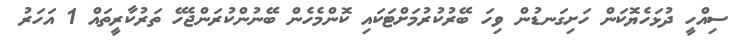
ސިއްހީ ދުޅަހެޔޮކަން ހަށިގަނޑުން ވިހަ ބޭރުކުރުމަށްޓަކައި ކޮންމެހެން ބޭނުންކުރަންޖެހޭ ތަރުކާރީތައް 1 އަހަރު